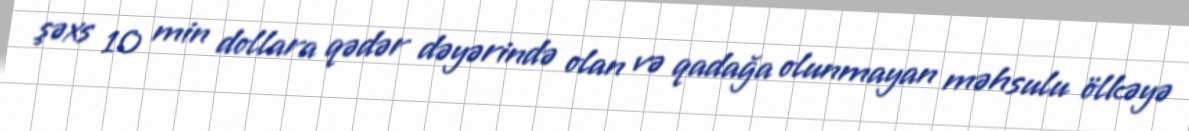
şəxs 10 min dollara qədər dəyərində olan və qadağa olunmayan məhsulu ölkəyə